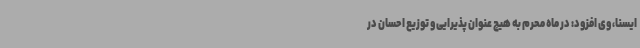
ایسنا، وی افزود: در ماه محرم به هیچ عنوان پذیرایی و توزیع احسان در